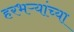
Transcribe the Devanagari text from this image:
हरभऱ्यांच्या